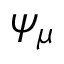
\psi _ { \mu }